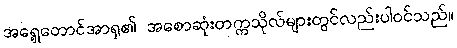
အရှေ့တောင်အာရှ၏ အစောဆုံးတက္ကသိုလ်များတွင်လည်းပါဝင်သည်။